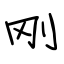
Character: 刚